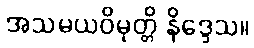
အသမယဝိမုတ္တိ နိဒ္ဒေသ။